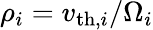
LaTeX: \rho_{i}=v_{\mathrm{th},i}/\Omega_{i}